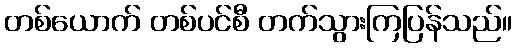
တစ်ယောက် တစ်ပင်စီ တက်သွားကြပြန်သည်။